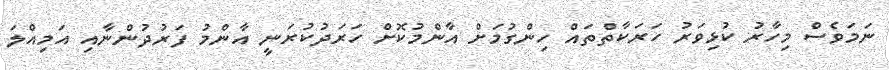
ނަމަވެސް މިހާރު ކުޅިވަރު ހަރަކާތްތައް ހިންގުމަށް އާންމުކޮށް ހަރަދުކުރަނީ އާންމު ފަރުދުންނާއި އަމިއްލަ